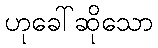
ဟုခေါ်ဆိုသော